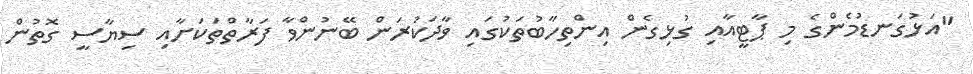
"އަޅުގަނޑުމެންގެ މި ޕާޓީއާއި ގުޅިގެން އިންތިހާބުތަކުގައި ވާދަކުރަން ބޭނުންވާ ފަރާތްތަކަށާއި ސިޔާސީ ގޮތުން